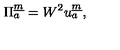
\Pi _ { { a } } ^ { \underline { { m } } } = W ^ { 2 } u _ { a } ^ { \underline { { m } } } ,